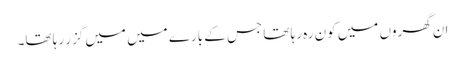
ان گھروں میں کون رہ رہا تھا جس کے بارے میں میں گزر رہا تھا۔